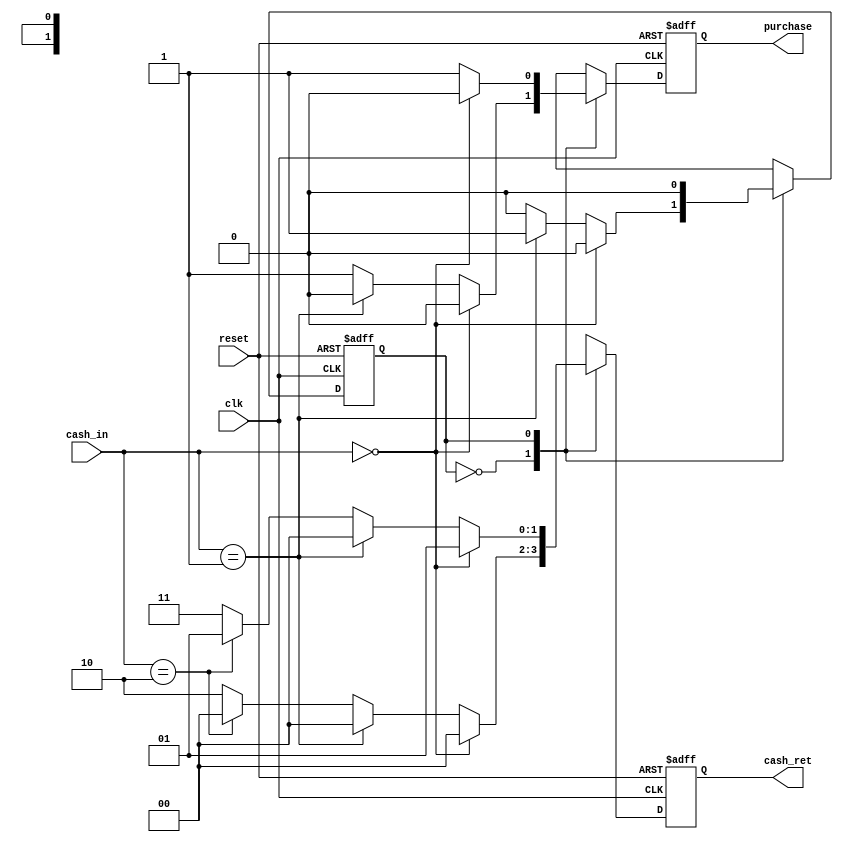
module fsm_vm_20101021(clk, cash_in, reset, purchase, cash_ret);

	input clk, reset;
	input [1:0] cash_in;
	
	output reg purchase;
	output reg [1:0] cash_ret;
	
	reg current_state, next_state;
	parameter S0 = 1'b0, S1 = 1'b1;
	
	parameter in_0tk = 2'b00, in_5tk = 2'b01, in_10tk = 2'b10, in_20tk = 2'b11;
	parameter ret_0tk = 2'b00, ret_5tk = 2'b01, ret_10tk = 2'b10, ret_15tk = 2'b11;
	
	always @(posedge clk, posedge reset)
	begin
		if (reset == 1)
		begin // setting all values to zero
			current_state =S0;
			next_state =S0;
			purchase = 0;
			cash_ret = ret_0tk;
		end
		else
		begin
			current_state = next_state;
			case(current_state)
				S0:
				begin
					if(cash_in == in_0tk)
					begin
						next_state = S0;
						purchase = 0;
						cash_ret = ret_0tk;
					end
					else if(cash_in == in_5tk)
					begin
						next_state = S1;
						purchase = 0;
						cash_ret = ret_0tk;
					end
					else if(cash_in == in_10tk)
					begin
						next_state = S0;
						purchase = 1;
						cash_ret = ret_0tk;
					end
					else
					begin
						next_state = S0;
						purchase = 1;
						cash_ret = ret_10tk;
					end
				end
				S1:
				begin
					if(cash_in == in_0tk)
					begin
						next_state = S0;
						purchase = 0;
						cash_ret = ret_5tk;
					end
					else if(cash_in == in_5tk)
					begin
						next_state = S0;
						purchase = 1;
						cash_ret = ret_0tk;
					end
					else if(cash_in == in_10tk)
					begin
						next_state = S0;
						purchase = 1;
						cash_ret = ret_5tk;
					end
					else
					begin
						next_state = S0;
						purchase = 1;
						cash_ret = ret_15tk;
					end
				
				end
			endcase
		end
	end	
	
endmodule